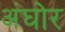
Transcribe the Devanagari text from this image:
अंघोर